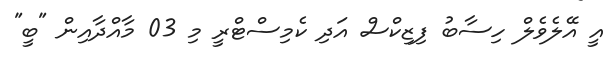
އީ އޭލެވެލް ހިސާބު ފިޒިކްސް އަދި ކެމިސްޓްރީ މި 03 މާއްދާއިން "ބީ"